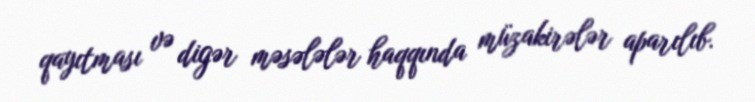
qayıtması və digər məsələlər haqqında müzakirələr aparılıb.